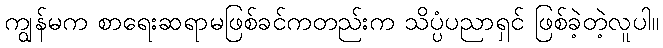
ကျွန်မက စာရေးဆရာမဖြစ်ခင်ကတည်းက သိပ္ပံပညာရှင် ဖြစ်ခဲ့တဲ့လူပါ။